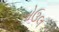
બોઉલ